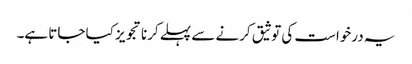
یہ درخواست کی توثیق کرنے سے پہلے کرنا تجویز کیا جاتا ہے۔